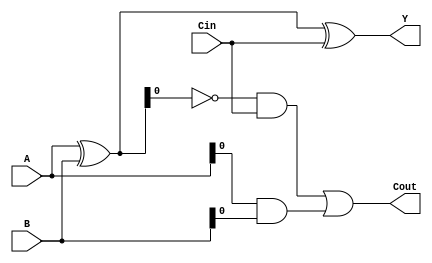
module gate_level_subtractor (
    input [3:0] A,
    input [3:0] B,
    input Cin,
    output [3:0] Y,
    output Cout
);

wire [3:0] D;
wire [3:0] Borrow;

assign D = A ^ B;
assign Y = D ^ Cin;
assign Cout = (~D & Cin) | (A & B);

endmodule